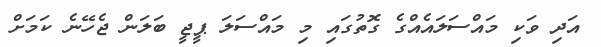
އަދި ވަކި މައްސަލައެއްގެ ގޮތުގައި މި މައްސަލަ ޕީޖީ ބަލަން ޖެހޭނެ ކަމަށް